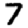
Digit: 7